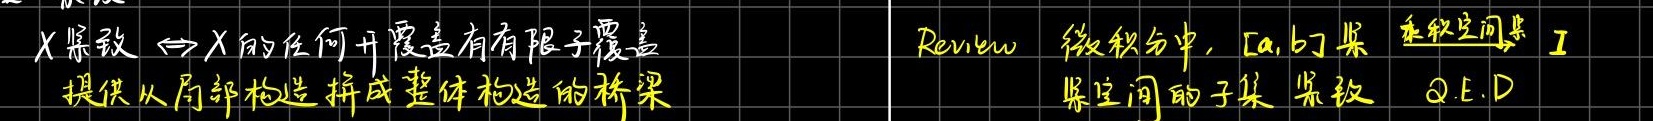
$X\text{ 紧致} \Leftrightarrow X\text{ 的任何开覆盖有有限子覆盖}$
提供从局部构造拼成整体构造的桥梁

Review 微积分中, $[a,b]$ 紧 乘积空间紧
紧空间的子集 紧致 Q.E.D